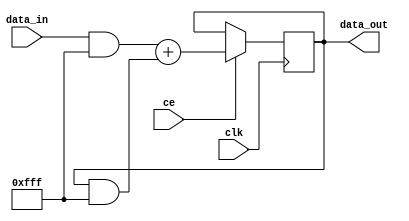
// This program was cloned from: https://github.com/Nitcloud/Digital-IDE
// License: GNU General Public License v3.0

// ***************************************************************************
// ***************************************************************************
// Copyright 2014 - 2017 (c) Analog Devices, Inc. All rights reserved.
//
// In this HDL repository, there are many different and unique modules, consisting
// of various HDL (Verilog or VHDL) components. The individual modules are
// developed independently, and may be accompanied by separate and unique license
// terms.
//
// The user should read each of these license terms, and understand the
// freedoms and responsibilities that he or she has by using this source/core.
//
// This core is distributed in the hope that it will be useful, but WITHOUT ANY
// WARRANTY; without even the implied warranty of MERCHANTABILITY or FITNESS FOR
// A PARTICULAR PURPOSE.
//
// Redistribution and use of source or resulting binaries, with or without modification
// of this file, are permitted under one of the following two license terms:
//
//   1. The GNU General Public License version 2 as published by the
//      Free Software Foundation, which can be found in the top level directory
//      of this repository (LICENSE_GPL2), and also online at:
//      <https://www.gnu.org/licenses/old-licenses/gpl-2.0.html>
//
// OR
//
//   2. An ADI specific BSD license, which can be found in the top level directory
//      of this repository (LICENSE_ADIBSD), and also on-line at:
//      https://github.com/analogdevicesinc/hdl/blob/master/LICENSE_ADIBSD
//      This will allow to generate bit files and not release the source code,
//      as long as it attaches to an ADI device.
//
// ***************************************************************************
// ***************************************************************************

`timescale 1ns/100ps

module cic_int #(
  parameter DATA_WIDTH = 12,
  parameter STAGE_WIDTH = 1,
  parameter NUM_STAGES = 1
) (
  input clk,
  input [NUM_STAGES-1:0] ce,
  input [DATA_WIDTH-1:0] data_in,
  output [DATA_WIDTH-1:0] data_out
);

reg [DATA_WIDTH-1:0] state = 'h00;
wire [DATA_WIDTH-1:0] sum;
wire [DATA_WIDTH-1:0] mask;

assign data_out = state;
assign sum = (data_in & mask) + (state & mask);
generate
genvar i;

for (i = 0; i < NUM_STAGES; i = i + 1) begin
  localparam j = NUM_STAGES - i - 1;
  localparam H = DATA_WIDTH - STAGE_WIDTH * i - 1;
  localparam L = j == 0 ? 0 : DATA_WIDTH - STAGE_WIDTH * (i+1);

  assign mask[H:L] = {{H-L{1'b1}},j != 0 ? ce[j] : 1'b1};

  always @(posedge clk) begin
    if (ce[j] == 1'b1) begin
      state[H:L] <= sum[H:L];
    end
  end
end

endgenerate

endmodule